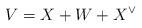
LaTeX: \begin{align*}V= X+ W + X^\vee\end{align*}